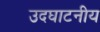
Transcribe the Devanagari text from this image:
उदघाटनीय